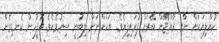
ކުއްލިޔަކަށް ނާއި ރާއްޖޭން ބޭރަށް ފުރައިފިއެވެ. އަހަންނަށް ލިބުނީ ސިހުމެކެވެ. އޮފީހުން ކެނޑިގެން